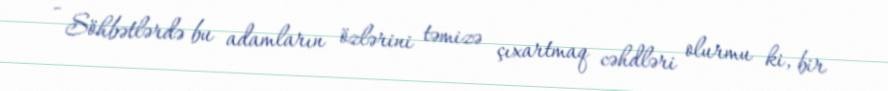
- Söhbətlərdə bu adamların özlərini təmizə çıxartmaq cəhdləri olurmu ki, bir